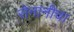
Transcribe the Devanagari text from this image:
सेनानीचा